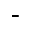
-